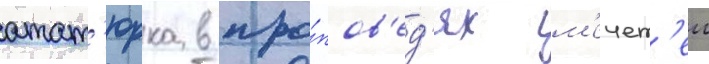
атат'юрка в про́пов'ед'ях м'ечет'еи